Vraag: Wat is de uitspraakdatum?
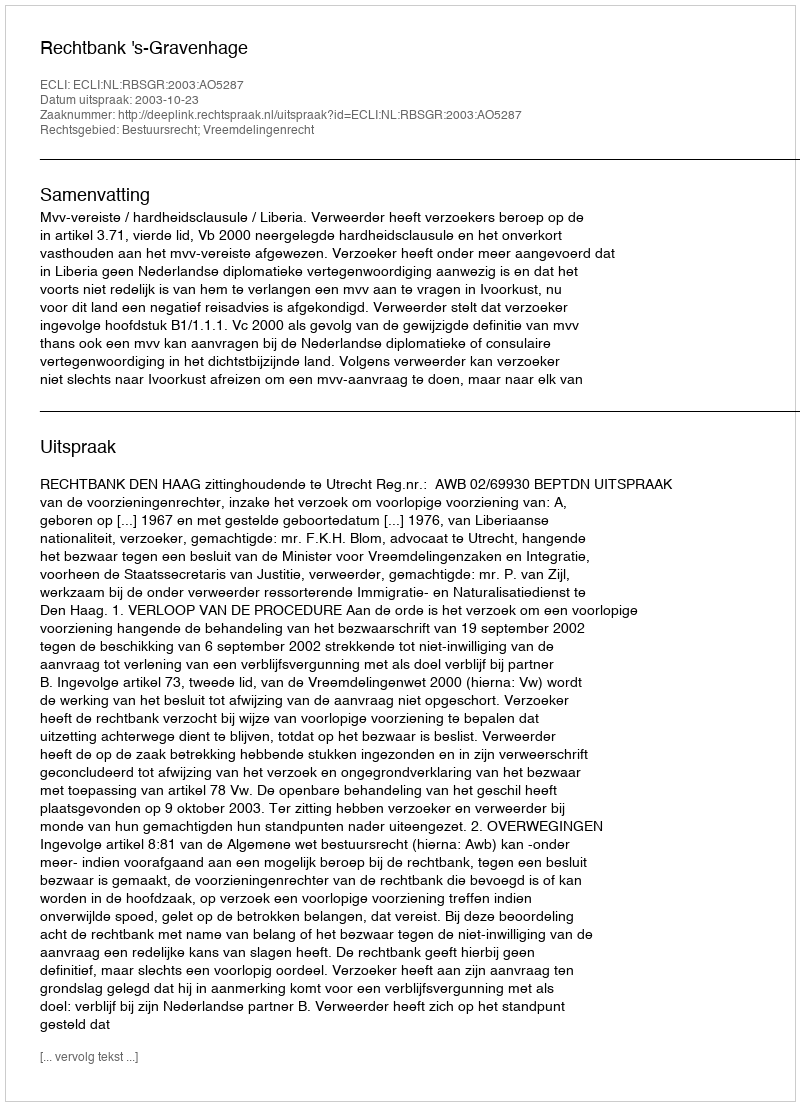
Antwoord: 2003-10-23